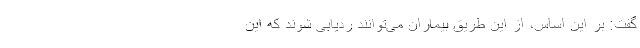
گفت: بر این اساس، از این طریق بیماران می‌توانند ردیابی شوند که این